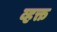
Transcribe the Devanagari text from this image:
व्हक्त